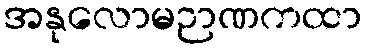
အနုလောမဉာဏကထာ